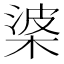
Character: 𭪰